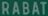
RABAT